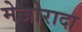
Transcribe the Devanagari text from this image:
मेजोरादा